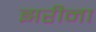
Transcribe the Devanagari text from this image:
झरीना